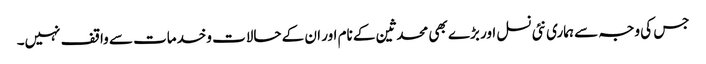
جس کی وجہ سے ہماری نئی نسل اور بڑے بھی محدثین کے نام اور ان کے حالات وخدمات سے واقف نہیں۔